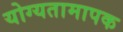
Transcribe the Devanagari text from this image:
योग्यतामापक